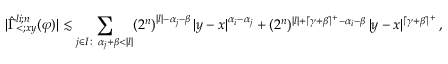
| \hat { \Gamma } _ { < ; x y } ^ { l i ; n } ( \varphi ) | \lesssim \sum _ { \substack { j \in I \colon \, \alpha _ { j } + \beta < | l | } } ( 2 ^ { n } ) ^ { | l | - \alpha _ { j } - \beta } \, | y - x | ^ { \alpha _ { i } - \alpha _ { j } } + ( 2 ^ { n } ) ^ { | l | + \lceil \gamma + \beta \rceil ^ { + } - \alpha _ { i } - \beta } \, | y - x | ^ { \lceil \gamma + \beta \rceil ^ { + } } \, ,